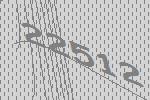
22512